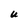
Character: U